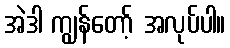
အဲဒါ ကျွန်တော့် အလုပ်ပါ။